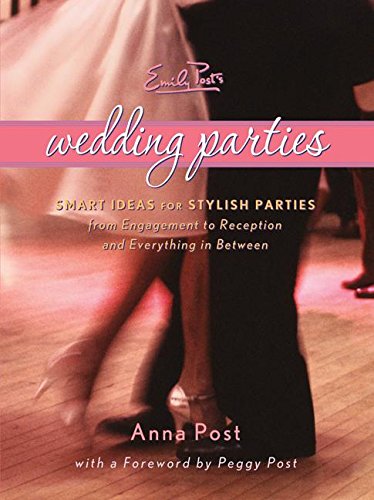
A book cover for Emily Post's Wedding Parties; Anna Post; Crafts, Hobbies & Home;